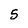
Character: 5